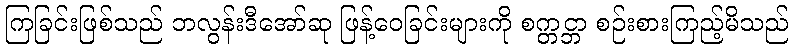
ကြခြင်းဖြစ်သည် ဘလွန်းဒီအော်ဆု ဖြန့်ဝေခြင်းများကို စက္တင္ဘာ စဉ်းစားကြည့်မိသည်